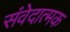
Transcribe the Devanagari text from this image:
संवेदात्मक